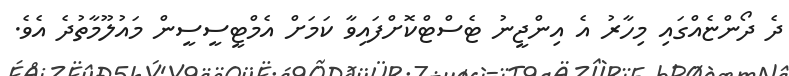
ދެ ދޯންޏެއްގައި މިހާރު އެ އިންޖީނު ޓެސްޓްކޮށްފައިވާ ކަމަށް އެމްޓީސީސީން މައުލޫމާތުދެ އެވެ.